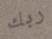
ربك